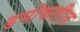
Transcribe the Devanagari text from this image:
डमोकलीज